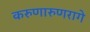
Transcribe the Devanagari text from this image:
करुणारुणरागे